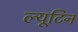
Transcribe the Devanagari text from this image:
ल्यूटिन